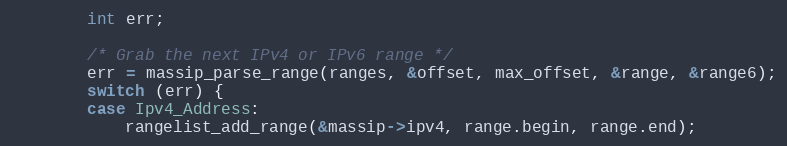
Language: C
        int err;

        /* Grab the next IPv4 or IPv6 range */
        err = massip_parse_range(ranges, &offset, max_offset, &range, &range6);
        switch (err) {
        case Ipv4_Address:
            rangelist_add_range(&massip->ipv4, range.begin, range.end);